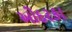
ઓદરકા